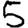
Digit: 5